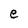
Character: e